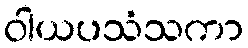
ဝါယပသံသကာ